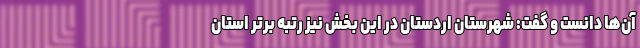
آن‌ها دانست و گفت: شهرستان اردستان در این بخش نیز رتبه برتر استان